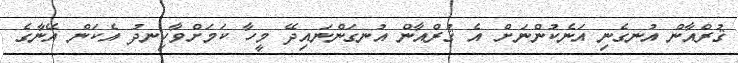
ޤުރްއާން އުނގެނި އަނެކުންނަށް އެ ޤުރްއާން އުނގަންނައިދޭ މީހާ ކަމަށްވާހިނދު އެކަން އޭނާގެ